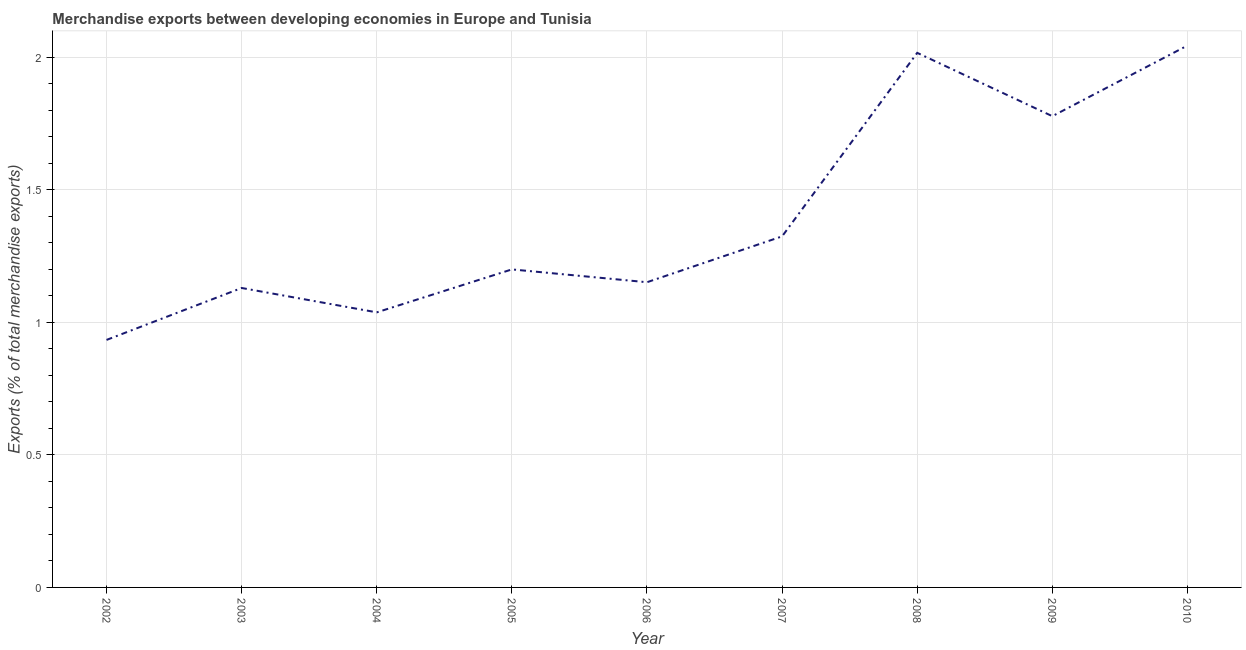
| Year | Merchandise Exports |
 | --- | --- |
 | 2002 | 0.933 |
 | 2003 | 1.13 |
 | 2004 | 1.04 |
 | 2005 | 1.2 |
 | 2006 | 1.15 |
 | 2007 | 1.32 |
 | 2008 | 2.02 |
 | 2009 | 1.78 |
 | 2010 | 2.04 |